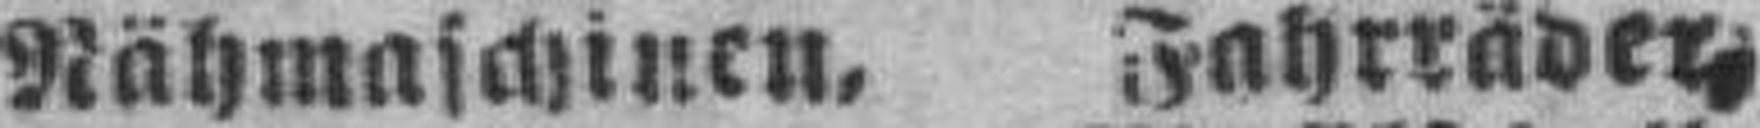
Nähmaschinen, Fahrräder=